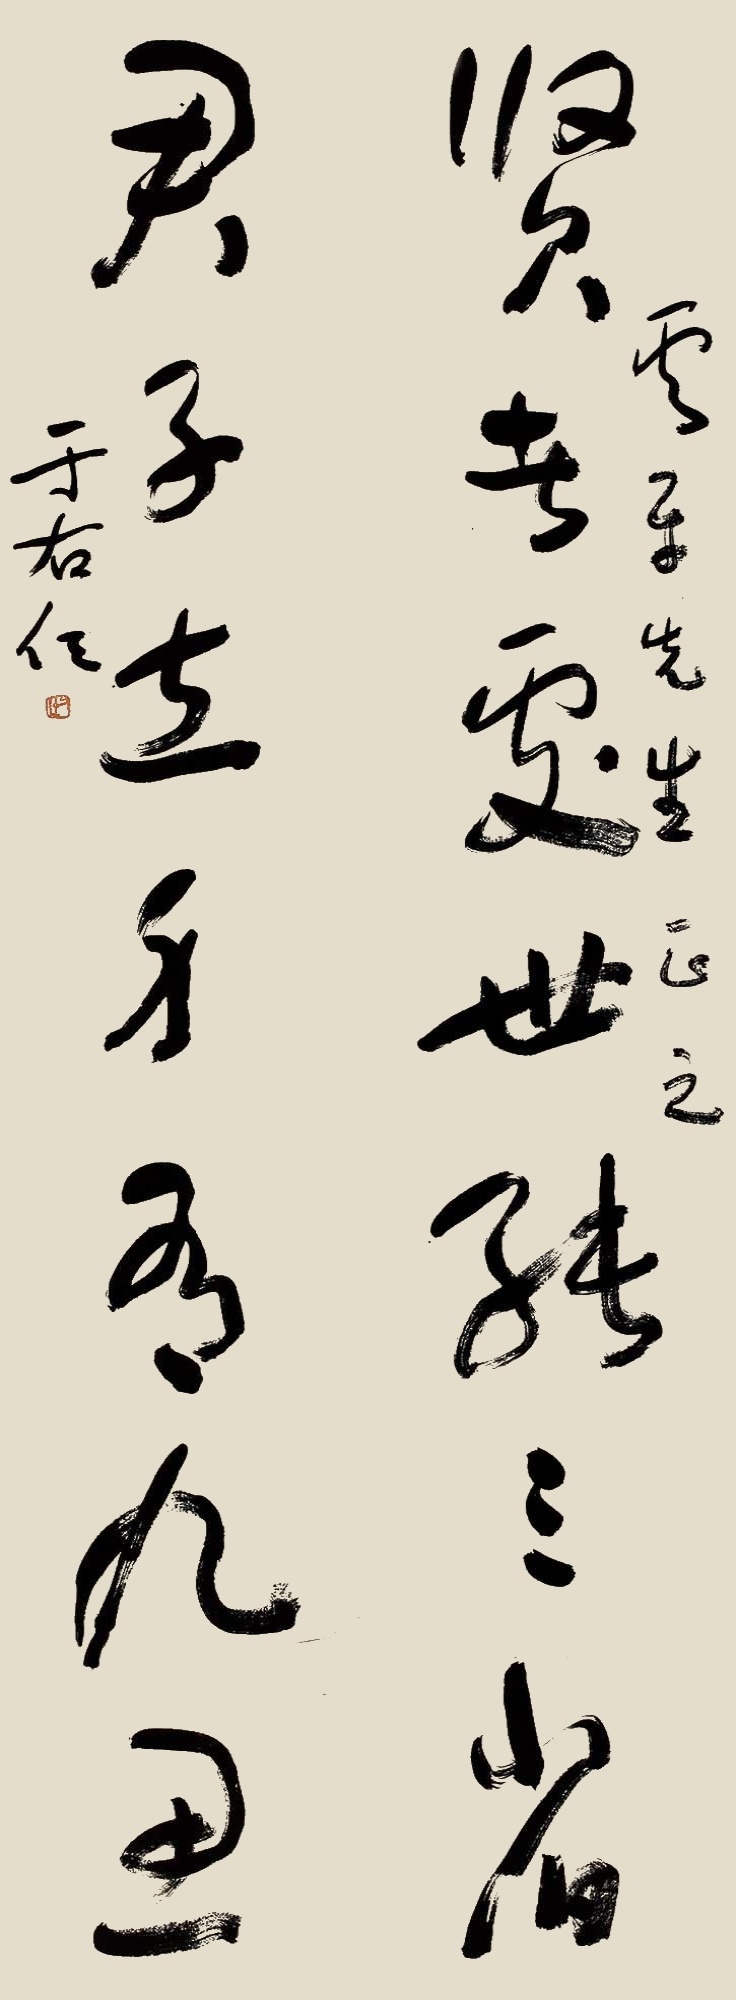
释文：贤者处世能三省；君子立身有九思。云平先生正之，于右任。